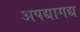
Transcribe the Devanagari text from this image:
अपद्यागद्य